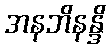
အနဘိနန္ဒိ